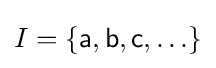
I=\{{\mathsf {a,b,c,}}\ldots \}